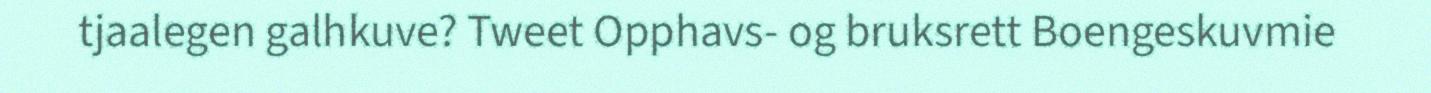
tjaalegen galhkuve? Tweet Opphavs- og bruksrett Boengeskuvmie